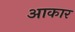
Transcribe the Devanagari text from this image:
अाकार